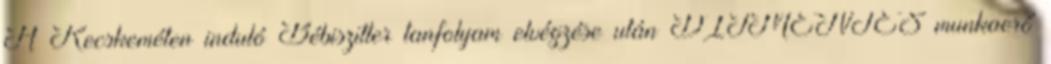
A Kecskeméten induló Bébiszitter tanfolyam elvégzése után DÍJMENTES munkaerő